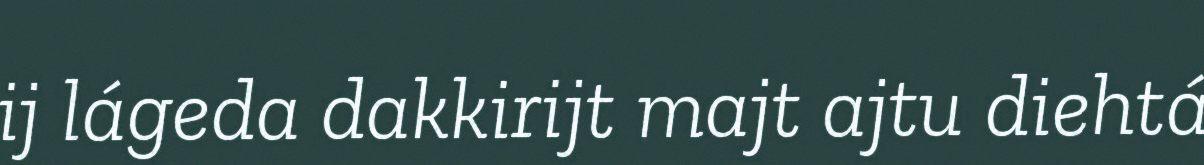
ij lágeda dakkirijt majt ajtu diehtá